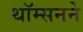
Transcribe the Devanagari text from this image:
थॉम्सनने